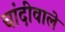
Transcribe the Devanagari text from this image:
चांदीवाले